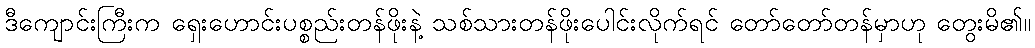
ဒီကျောင်းကြီးက ရှေးဟောင်းပစ္စည်းတန်ဖိုးနဲ့ သစ်သားတန်ဖိုးပေါင်းလိုက်ရင် တော်တော်တန်မှာဟု တွေးမိ၏။